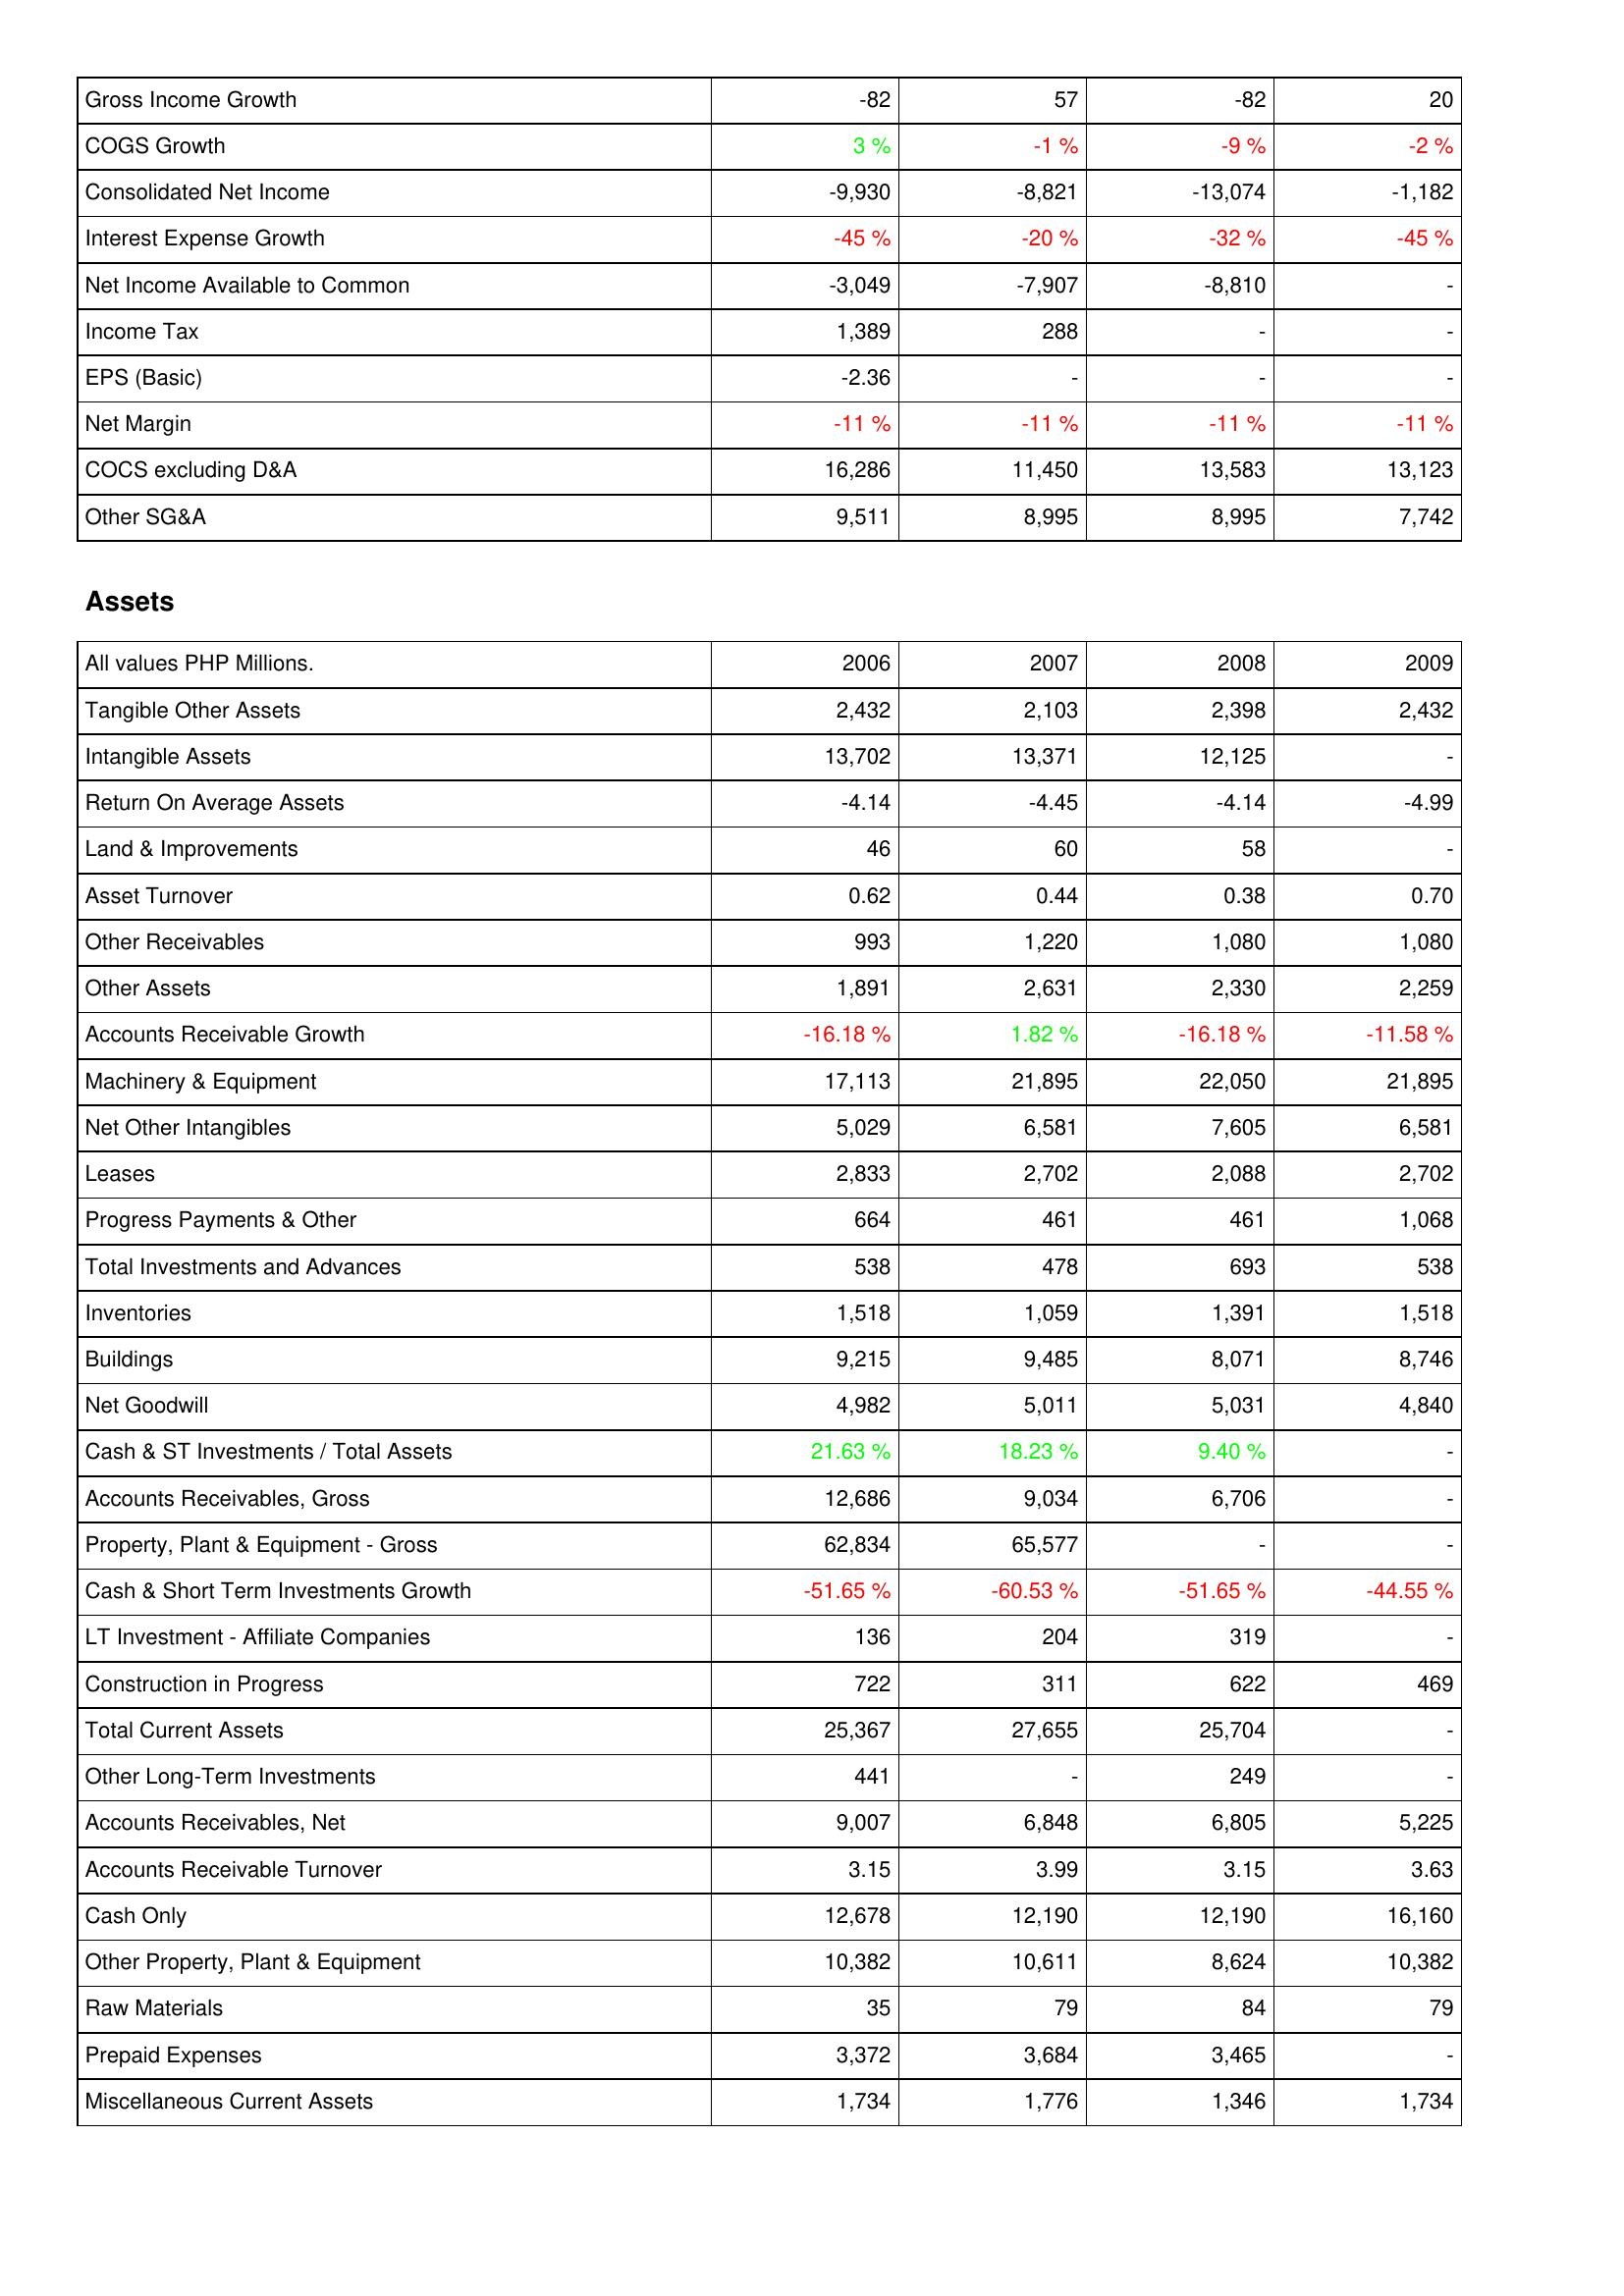
2006: Income Statement: Gross Income Growth: -82
COGS Growth: 3 %
Consolidated Net Income: -9,930
Interest Expense Growth: -45 %
Net Income Available to Common: -3,049
Income Tax: 1,389
EPS (Basic): -2.36
Net Margin: -11 %
COCS excluding D&A: 16,286
Other SG&A: 9,511
Assets: Tangible Other Assets: 2,432
Intangible Assets: 13,702
Return On Average Assets: -4.14
Land & Improvements: 46
Asset Turnover: 0.62
Other Receivables: 993
Other Assets: 1,891
Accounts Receivable Growth: -16.18 %
Machinery & Equipment: 17,113
Net Other Intangibles: 5,029
Leases: 2,833
Progress Payments & Other: 664
Total Investments and Advances: 538
Inventories: 1,518
Buildings: 9,215
Net Goodwill: 4,982
Cash & ST Investments / Total Assets: 21.63 %
Accounts Receivables, Gross: 12,686
Property, Plant & Equipment - Gross: 62,834
Cash & Short Term Investments Growth: -51.65 %
LT Investment - Affiliate Companies: 136
Construction in Progress: 722
Total Current Assets: 25,367
Other Long-Term Investments: 441
Accounts Receivables, Net: 9,007
Accounts Receivable Turnover: 3.15
Cash Only: 12,678
Other Property, Plant & Equipment: 10,382
Raw Materials: 35
Prepaid Expenses: 3,372
Miscellaneous Current Assets: 1,734
2007: Income Statement: Gross Income Growth: 57
COGS Growth: -1 %
Consolidated Net Income: -8,821
Interest Expense Growth: -20 %
Net Income Available to Common: -7,907
Income Tax: 288
EPS (Basic): -
Net Margin: -11 %
COCS excluding D&A: 11,450
Other SG&A: 8,995
Assets: Tangible Other Assets: 2,103
Intangible Assets: 13,371
Return On Average Assets: -4.45
Land & Improvements: 60
Asset Turnover: 0.44
Other Receivables: 1,220
Other Assets: 2,631
Accounts Receivable Growth: 1.82 %
Machinery & Equipment: 21,895
Net Other Intangibles: 6,581
Leases: 2,702
Progress Payments & Other: 461
Total Investments and Advances: 478
Inventories: 1,059
Buildings: 9,485
Net Goodwill: 5,011
Cash & ST Investments / Total Assets: 18.23 %
Accounts Receivables, Gross: 9,034
Property, Plant & Equipment - Gross: 65,577
Cash & Short Term Investments Growth: -60.53 %
LT Investment - Affiliate Companies: 204
Construction in Progress: 311
Total Current Assets: 27,655
Other Long-Term Investments: -
Accounts Receivables, Net: 6,848
Accounts Receivable Turnover: 3.99
Cash Only: 12,190
Other Property, Plant & Equipment: 10,611
Raw Materials: 79
Prepaid Expenses: 3,684
Miscellaneous Current Assets: 1,776
2008: Income Statement: Gross Income Growth: -82
COGS Growth: -9 %
Consolidated Net Income: -13,074
Interest Expense Growth: -32 %
Net Income Available to Common: -8,810
Income Tax: -
EPS (Basic): -
Net Margin: -11 %
COCS excluding D&A: 13,583
Other SG&A: 8,995
Assets: Tangible Other Assets: 2,398
Intangible Assets: 12,125
Return On Average Assets: -4.14
Land & Improvements: 58
Asset Turnover: 0.38
Other Receivables: 1,080
Other Assets: 2,330
Accounts Receivable Growth: -16.18 %
Machinery & Equipment: 22,050
Net Other Intangibles: 7,605
Leases: 2,088
Progress Payments & Other: 461
Total Investments and Advances: 693
Inventories: 1,391
Buildings: 8,071
Net Goodwill: 5,031
Cash & ST Investments / Total Assets: 9.40 %
Accounts Receivables, Gross: 6,706
Property, Plant & Equipment - Gross: -
Cash & Short Term Investments Growth: -51.65 %
LT Investment - Affiliate Companies: 319
Construction in Progress: 622
Total Current Assets: 25,704
Other Long-Term Investments: 249
Accounts Receivables, Net: 6,805
Accounts Receivable Turnover: 3.15
Cash Only: 12,190
Other Property, Plant & Equipment: 8,624
Raw Materials: 84
Prepaid Expenses: 3,465
Miscellaneous Current Assets: 1,346
2009: Income Statement: Gross Income Growth: 20
COGS Growth: -2 %
Consolidated Net Income: -1,182
Interest Expense Growth: -45 %
Net Income Available to Common: -
Income Tax: -
EPS (Basic): -
Net Margin: -11 %
COCS excluding D&A: 13,123
Other SG&A: 7,742
Assets: Tangible Other Assets: 2,432
Intangible Assets: -
Return On Average Assets: -4.99
Land & Improvements: -
Asset Turnover: 0.70
Other Receivables: 1,080
Other Assets: 2,259
Accounts Receivable Growth: -11.58 %
Machinery & Equipment: 21,895
Net Other Intangibles: 6,581
Leases: 2,702
Progress Payments & Other: 1,068
Total Investments and Advances: 538
Inventories: 1,518
Buildings: 8,746
Net Goodwill: 4,840
Cash & ST Investments / Total Assets: -
Accounts Receivables, Gross: -
Property, Plant & Equipment - Gross: -
Cash & Short Term Investments Growth: -44.55 %
LT Investment - Affiliate Companies: -
Construction in Progress: 469
Total Current Assets: -
Other Long-Term Investments: -
Accounts Receivables, Net: 5,225
Accounts Receivable Turnover: 3.63
Cash Only: 16,160
Other Property, Plant & Equipment: 10,382
Raw Materials: 79
Prepaid Expenses: -
Miscellaneous Current Assets: 1,734